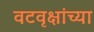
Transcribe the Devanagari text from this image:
वटवृक्षांच्या